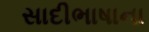
સાદીભાષાના